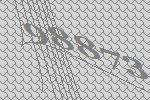
98873